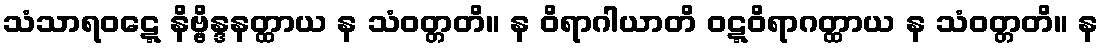
သံသာရဝဋ္ဋေ နိဗ္ဗိန္ဒနတ္ထာယ န သံဝတ္တတိ။ န ဝိရာဂါယာတိ ဝဋ္ဋဝိရာဂတ္ထာယ န သံဝတ္တတိ။ န